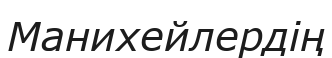
Манихейлердің